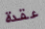
عقدة